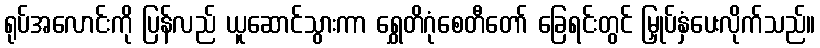
ရုပ်အလောင်းကို ပြန်လည် ယူဆောင်သွားကာ ရွှေတိဂုံစေတီတော် ခြေရင်းတွင် မြှုပ်နှံပေးလိုက်သည်။